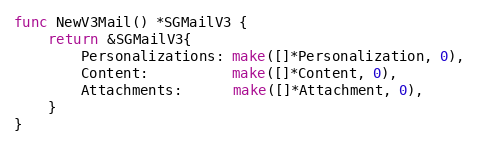
Language: Go
func NewV3Mail() *SGMailV3 {
	return &SGMailV3{
		Personalizations: make([]*Personalization, 0),
		Content:          make([]*Content, 0),
		Attachments:      make([]*Attachment, 0),
	}
}